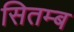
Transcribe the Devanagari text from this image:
सितम्ब